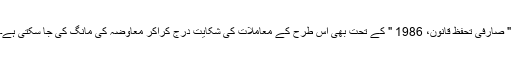
" صارفی تحفظ قانون، 1986 " کے تحت بھی اس طرح کے معاملات کی شکایت درج کراکر معاوضہ کی مانگ کی جا سکتی ہے۔